Rules regarding the measures to be adopted on the outbreak of cholera or appearance of small-pox
Disease focus: Cholera
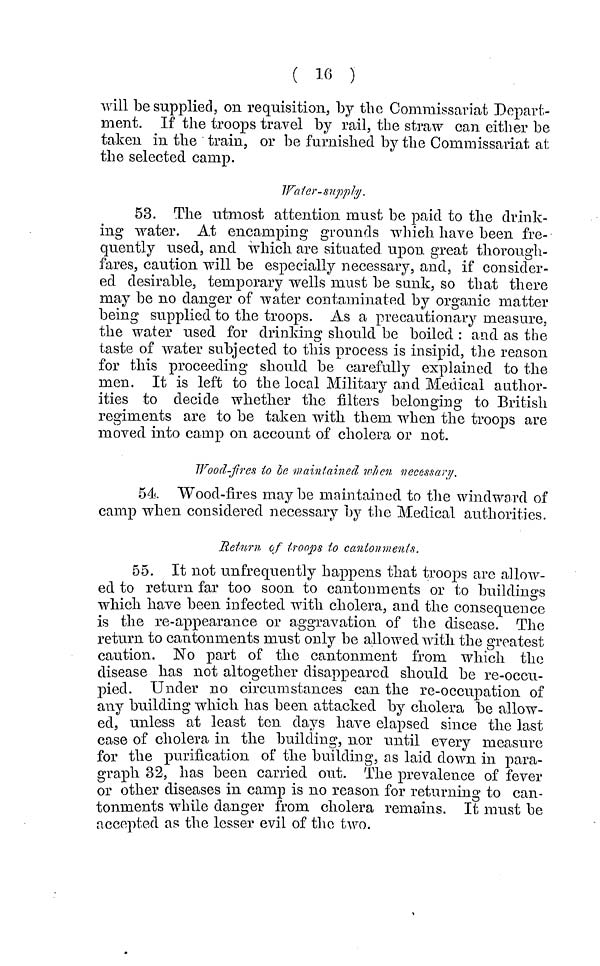
( 16 )
will be supplied, on requisition, by the Commissariat Depart-
ment. If the troops travel by rail, the straw can either be
taken in the train, or be furnished by the Commissariat at
the selected camp.
Water-supply.
53. The utmost attention must be paid to the drink-
ing water. At encamping grounds which have been fre-
quently used, and which are situated upon great thorough-
fares, caution will be especially necessary, and, if consider-
ed desirable, temporary wells must be sunk, so that there
may be no danger of water contaminated by organic matter
being supplied to the troops. As a precautionary measure,
the water used for drinking should be boiled : and as the
taste of water subjected to this process is insipid, the reason
for this proceeding should be carefully explained to the
men. It is left to the local Military and Medical author-
ities to decide whether the filters belonging to British
regiments are to be taken with them when the troops are
moved into camp on account of cholera or not.
Wood-fires tο be maintained when necessary.
54 Wood-fires may be maintained to the windward of
camp when considered necessary by the Medical authorities.
Return of troops to cantonments.
55. It not unfrequently happens that troops are allow-
ed to return far too soon to cantonments or to buildings
which have been infected with cholera, and the consequence
is the re-appearance or aggravation of the disease. The
return to cantonments must only be allowed with the greatest
caution. No part of the cantonment from which the
disease has not altogether disappeared should be re-occu-
pied. Under no circumstances can the re-occupation of
any building which has been attacked by cholera be allow-
ed, unless at least ten days have elapsed since the last
case of cholera in the building, nor until every measure
for the purification of the building, as laid down in para-
graph 32, has been carried out. The prevalence of fever
or other diseases in camp is no reason for returning to can-
tonments while danger from cholera remains. It must be
accepted as the lesser evil of the two.